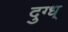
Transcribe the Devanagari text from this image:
दुग्ध्